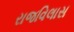
રાજવિલાસ